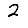
Digit: 2